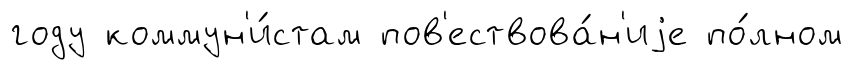
году коммун'и́стам пов'ествова́н'иjе по́лном